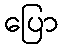
ပြော